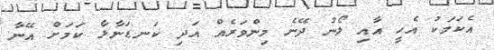
އެކަމަކު އެހީ އާއި ލޯނު ދޭނެ މިންވަރެއް އަދި ކަނޑަނާޅާ ކަމަށް އޭނާ